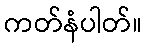
ကတ်နံပါတ်။